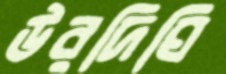
উরদিঘি